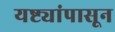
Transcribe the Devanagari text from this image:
यष्ट्यांपासून